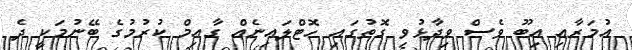
އުމަރާއި އިބޫ ވެސް ވިދާޅުވި ގޮތުގައި ހޮޓްލައިނެއް ގާއިމް ކުރުމުގެ ބޭނުމަކީ ދެ